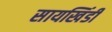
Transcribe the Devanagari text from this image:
सायखिंडी